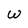
Character: W